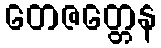
တေဇတ္တေန